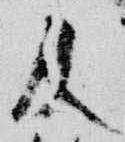
及